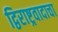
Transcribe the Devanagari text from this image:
द्विराष्ट्रवादाचा